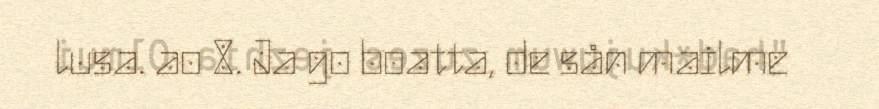
lusa. ao 8. Ja go boatta, de sån mailme